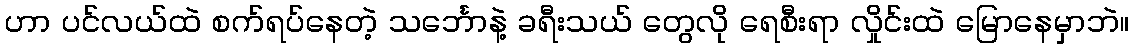
ဟာ ပင်လယ်ထဲ စက်ရပ်နေတဲ့ သင်္ဘောနဲ့ ခရီးသယ် တွေလို ရေစီးရာ လှိုင်းထဲ မြောနေမှာဘဲ။